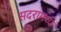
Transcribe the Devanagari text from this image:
सदरामध्ये